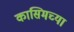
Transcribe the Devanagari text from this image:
कासिमच्या